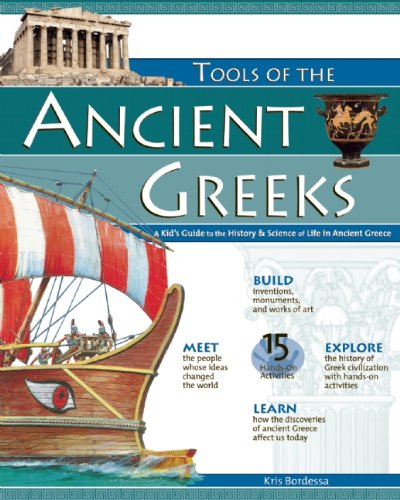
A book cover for TOOLS OF THE ANCIENT GREEKS: A Kid's Guide to the History & Science of Life in Ancient Greece (Build It Yourself); Kris Bordessa; Children's Books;